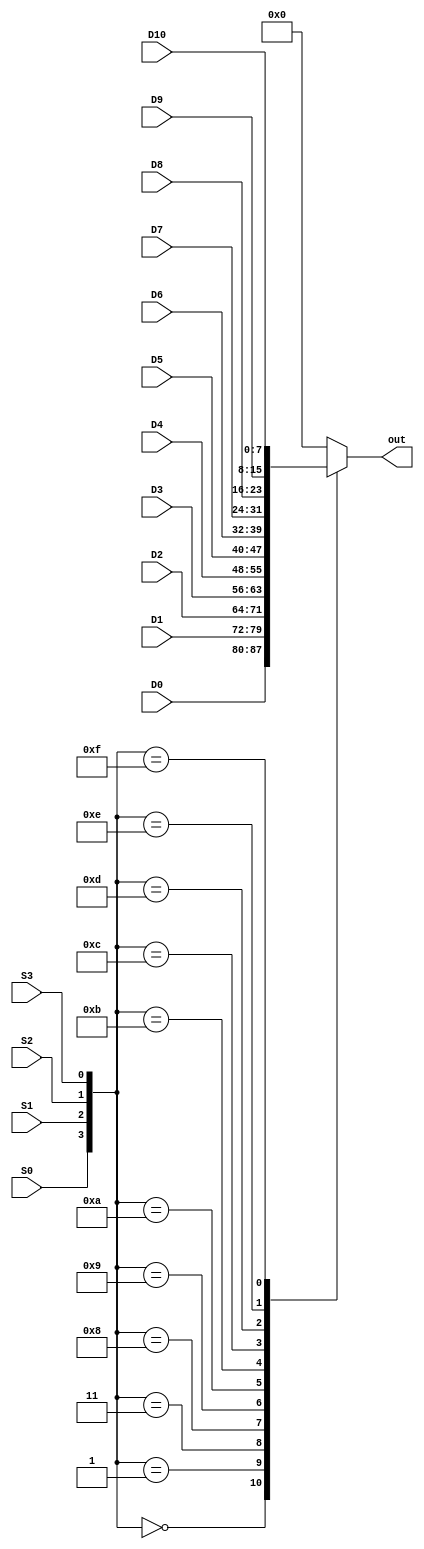
module mux16(out, D0, D1, D2, D3, D4, D5, D6, D7,D8,D9,D10, S0, S1, S2,S3);
input wire [7:0] D0, D1, D2, D3, D4, D5, D6, D7,D8,D9,D10;
input wire S0, S1, S2 ,S3;
output reg [7:0] out;
always@(*)
begin
case({S0,S1,S2,S3})
4'b0000: out=D0;
4'b0001: out=D1;
4'b0011: out=D2;
4'b1000: out=D3;
4'b1001: out=D4;
4'b1010: out=D5;
4'b1011: out=D6;
4'b1100: out=D7;
4'b1101: out=D8;
4'b1110: out=D9;
4'b1111: out=D10;
default: out=8'b00000000;
endcase
end
endmodule